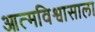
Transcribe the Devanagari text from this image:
आत्मविश्वासाला